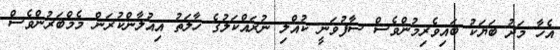
އެހާ މަދު ބަޔަކު ބައިވެރިމުންވެސް ސާފުވަނީ ކުއްލި ނުރައްކަލުގެ ހާލަތު އިއުލާންކުރަން މެމްބަރުންވެސް